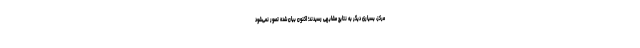
مرکز، بسیاری دیگر به نتایج مشابهی رسیدند؛ اکنون بیان شده تصور نمی‌شود